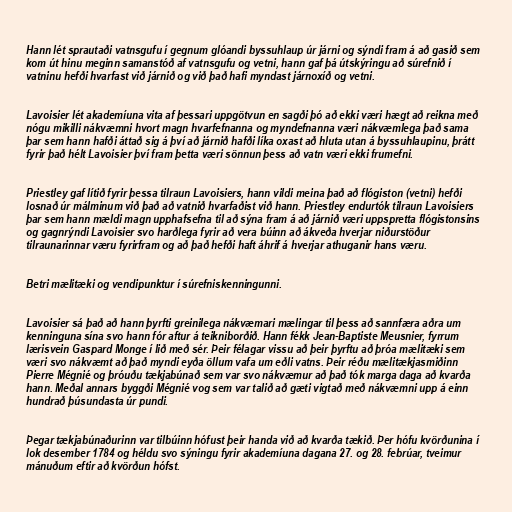
Hann lét sprautaði vatnsgufu í gegnum glóandi byssuhlaup úr járni og sýndi fram á að gasið sem
kom út hinu meginn samanstóð af vatnsgufu og vetni, hann gaf þá útskýringu að súrefnið í
vatninu hefði hvarfast við járnið og við það hafi myndast járnoxíð og vetni.

Lavoisier lét akademíuna vita af þessari uppgötvun en sagði þó að ekki væri hægt að reikna með
nógu mikilli nákvæmni hvort magn hvarfefnanna og myndefnanna væri nákvæmlega það sama
þar sem hann hafði áttað sig á því að járnið hafði líka oxast að hluta utan á byssuhlaupinu, þrátt
fyrir það hélt Lavoisier því fram þetta væri sönnun þess að vatn væri ekki frumefni.

Priestley gaf lítið fyrir þessa tilraun Lavoisiers, hann vildi meina það að flógiston (vetni) hefði
losnað úr málminum við það að vatnið hvarfaðist við hann. Priestley endurtók tilraun Lavoisiers
þar sem hann mældi magn upphafsefna til að sýna fram á að járnið væri uppspretta flógistonsins
og gagnrýndi Lavoisier svo harðlega fyrir að vera búinn að ákveða hverjar niðurstöður
tilraunarinnar væru fyrirfram og að það hefði haft áhrif á hverjar athuganir hans væru.

Betri mælitæki og vendipunktur í súrefniskenningunni.

Lavoisier sá það að hann þyrfti greinilega nákvæmari mælingar til þess að sannfæra aðra um
kenninguna sína svo hann fór aftur á teikniborðið. Hann fékk Jean-Baptiste Meusnier, fyrrum
lærisvein Gaspard Monge í lið með sér. Þeir félagar vissu að þeir þyrftu að þróa mælitæki sem
væri svo nákvæmt að það myndi eyða öllum vafa um eðli vatns. Þeir réðu mælitækjasmiðinn
Pierre Mégnié og þróuðu tækjabúnað sem var svo nákvæmur að það tók marga daga að kvarða
hann. Meðal annars byggði Mégnié vog sem var talið að gæti vigtað með nákvæmni upp á einn
hundrað þúsundasta úr pundi.

Þegar tækjabúnaðurinn var tilbúinn hófust þeir handa við að kvarða tækið. Þer hófu kvörðunina í
lok desember 1784 og héldu svo sýningu fyrir akademíuna dagana 27. og 28. febrúar, tveimur
mánuðum eftir að kvörðun hófst.